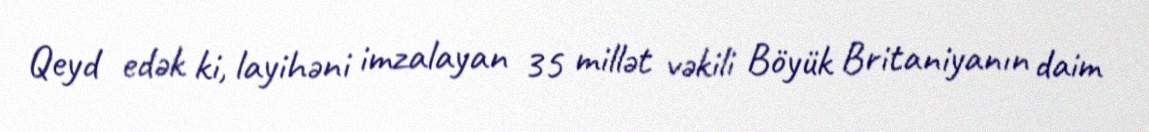
Qeyd edək ki, layihəni imzalayan 35 millət vəkili Böyük Britaniyanın daim